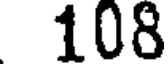
108